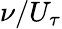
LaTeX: {\nu}/{U_{\tau}}